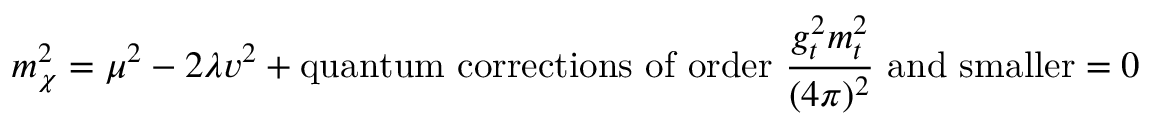
m _ { \chi } ^ { 2 } = \mu ^ { 2 } - 2 \lambda v ^ { 2 } + \mathrm { q u a n t u m ~ c o r r e c t i o n s ~ o f ~ o r d e r ~ } \frac { g _ { t } ^ { 2 } m _ { t } ^ { 2 } } { ( 4 \pi ) ^ { 2 } } \mathrm { ~ a n d ~ s m a l l e r } = 0